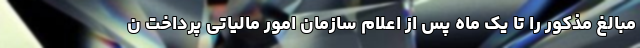
مبالغ مذکور را تا یک ماه پس از اعلام سازمان امور مالیاتی پرداخت ن